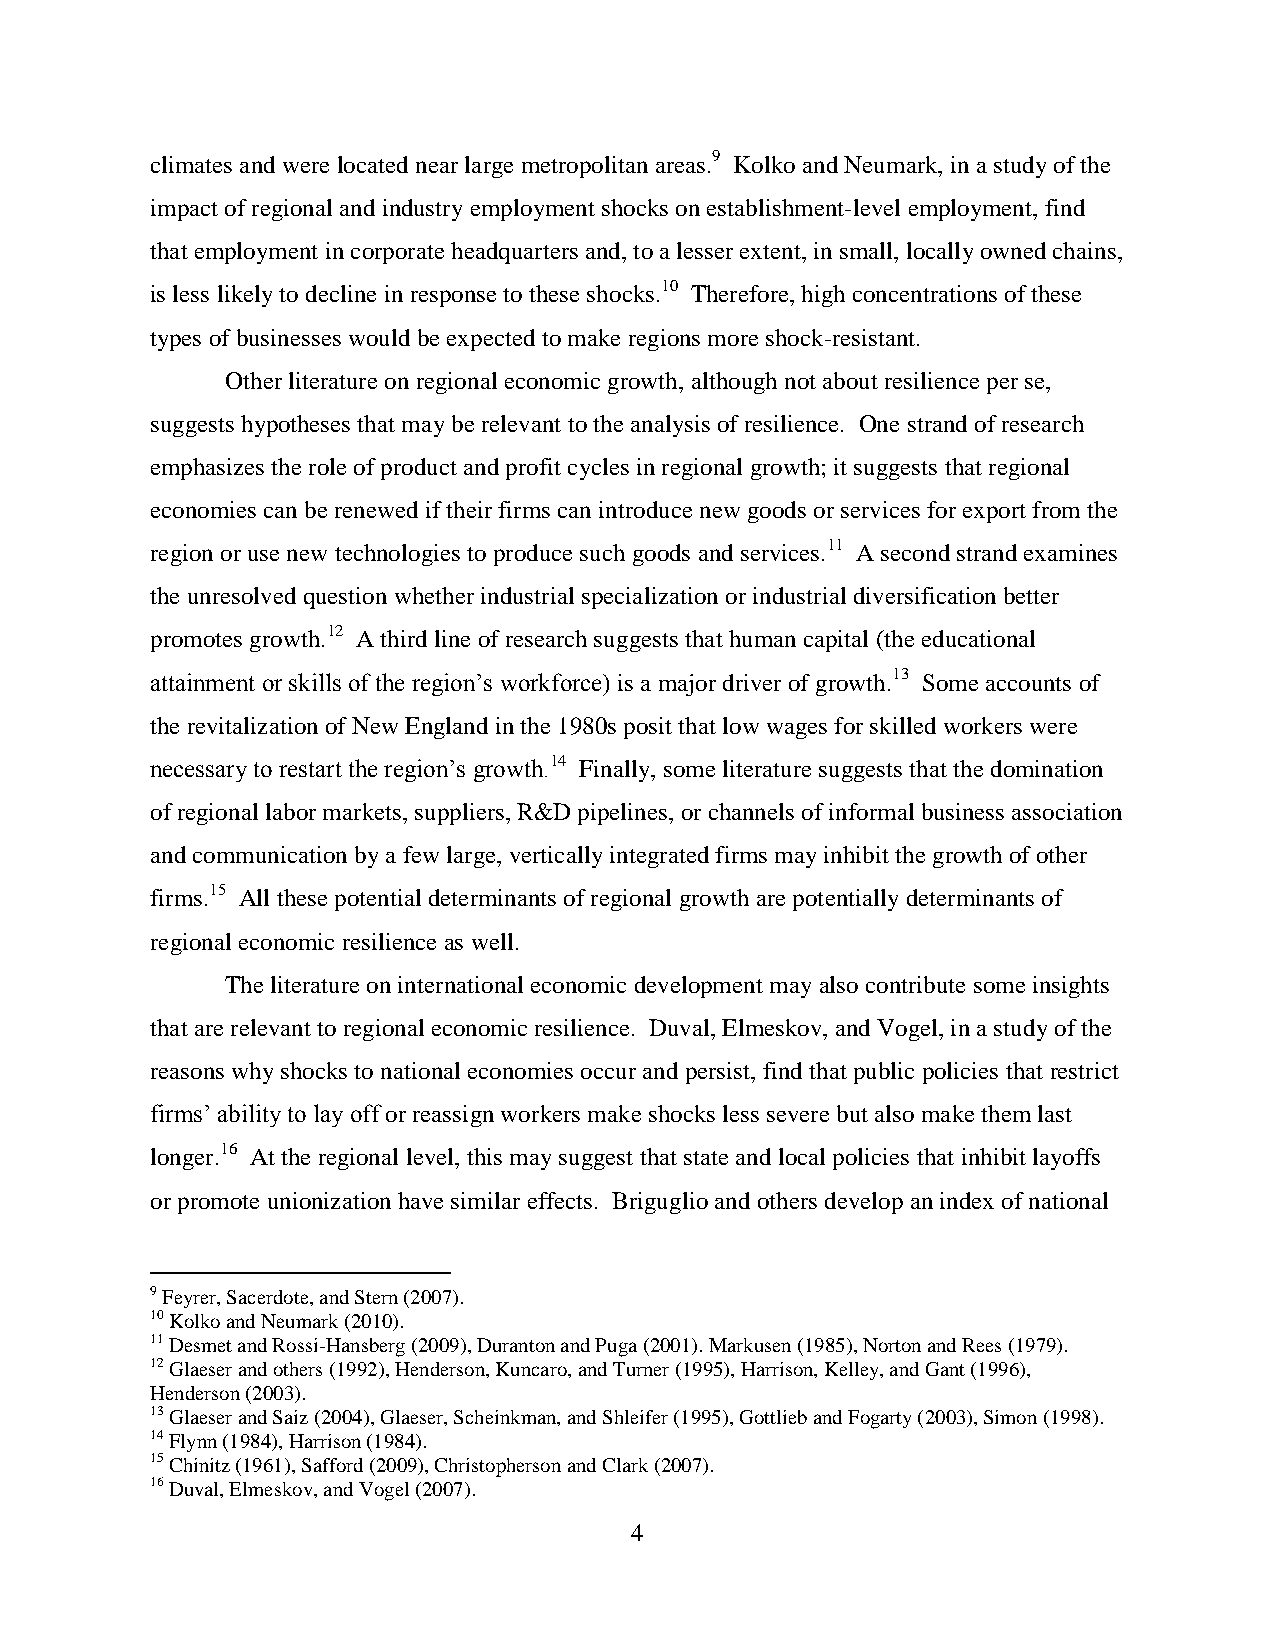
climates and were located near large metropolitan areas.9 Kolko and Neumark, in a study of the
 impact of regional and industry employment shocks on establishment-level employment, find
 that employment in corporate headquarters and, to a lesser extent, in small, locally owned chains,
 is less likely to decline in response to these shocks.10 Therefore, high concentrations of these
 types of businesses would be expected to make regions more shock-resistant.
 Other literature on regional economic growth, although not about resilience per se,
 suggests hypotheses that may be relevant to the analysis of resilience. One strand of research
 emphasizes the role of product and profit cycles in regional growth; it suggests that regional
 economies can be renewed if their firms can introduce new goods or services for export from the
 region or use new technologies to produce such goods and services.11 A second strand examines
 the unresolved question whether industrial specialization or industrial diversification better
 promotes growth.12 A third line of research suggests that human capital (the educational
 attainment or skills of the region’s workforce) is a major driver of growth.13 Some accounts of
 the revitalization of New England in the 1980s posit that low wages for skilled workers were
 necessary to restart the region’s growth.14 Finally, some literature suggests that the domination
 of regional labor markets, suppliers, R&D pipelines, or channels of informal business association
 and communication by a few large, vertically integrated firms may inhibit the growth of other
 firms.15 All these potential determinants of regional growth are potentially determinants of
 regional economic resilience as well.
 The literature on international economic development may also contribute some insights
 that are relevant to regional economic resilience. Duval, Elmeskov, and Vogel, in a study of the
 reasons why shocks to national economies occur and persist, find that public policies that restrict
 firms’ ability to lay off or reassign workers make shocks less severe but also make them last
 longer.16 At the regional level, this may suggest that state and local policies that inhibit layoffs
 or promote unionization have similar effects. Briguglio and others develop an index of national
 9 Feyrer, Sacerdote, and Stern (2007).
 10 Kolko and Neumark (2010).
 11 Desmet and Rossi-Hansberg (2009), Duranton and Puga (2001). Markusen (1985), Norton and Rees (1979).
 12 Glaeser and others (1992), Henderson, Kuncaro, and Turner (1995), Harrison, Kelley, and Gant (1996),
 Henderson (2003).
 13 Glaeser and Saiz (2004), Glaeser, Scheinkman, and Shleifer (1995), Gottlieb and Fogarty (2003), Simon (1998).
 14 Flynn (1984), Harrison (1984).
 15 Chinitz (1961), Safford (2009), Christopherson and Clark (2007).
 16 Duval, Elmeskov, and Vogel (2007).
 4